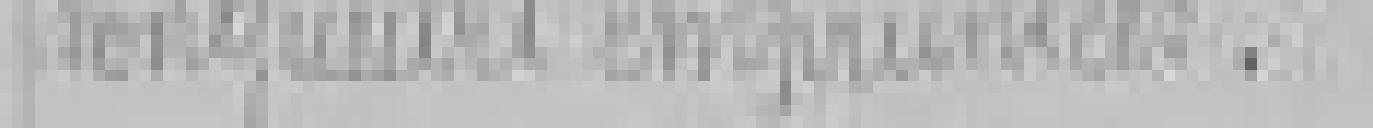
longueurs empruntées.